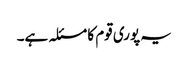
یہ پوری قوم کا مسئلہ ہے۔